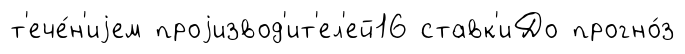
т'ече́н'иjем проjизвод'ит'ел'ей16 ставк'иДо прогно́з